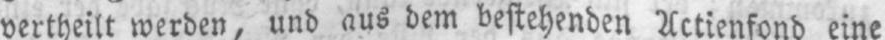
vertheilt werden, und aus dem bestehenden Actienfond eine